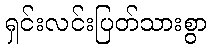
ရှင်းလင်းပြတ်သားစွာ